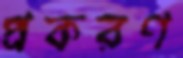
প্রকরণ